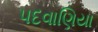
પદવાણિયા